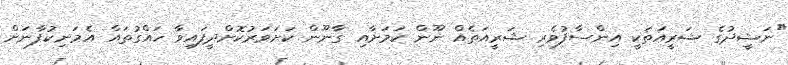
"ނަޝީދުގެ ޝަރީއަތަކީ އިންސާފުވެރި ޝަރީއަތެއް ނޫން ކަމަށާއި ގާނޫން ކަށަވަރުކޮށްދީފައިވާ ހައްގުތައް އެމަނިކުފާނަށް